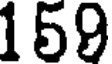
159